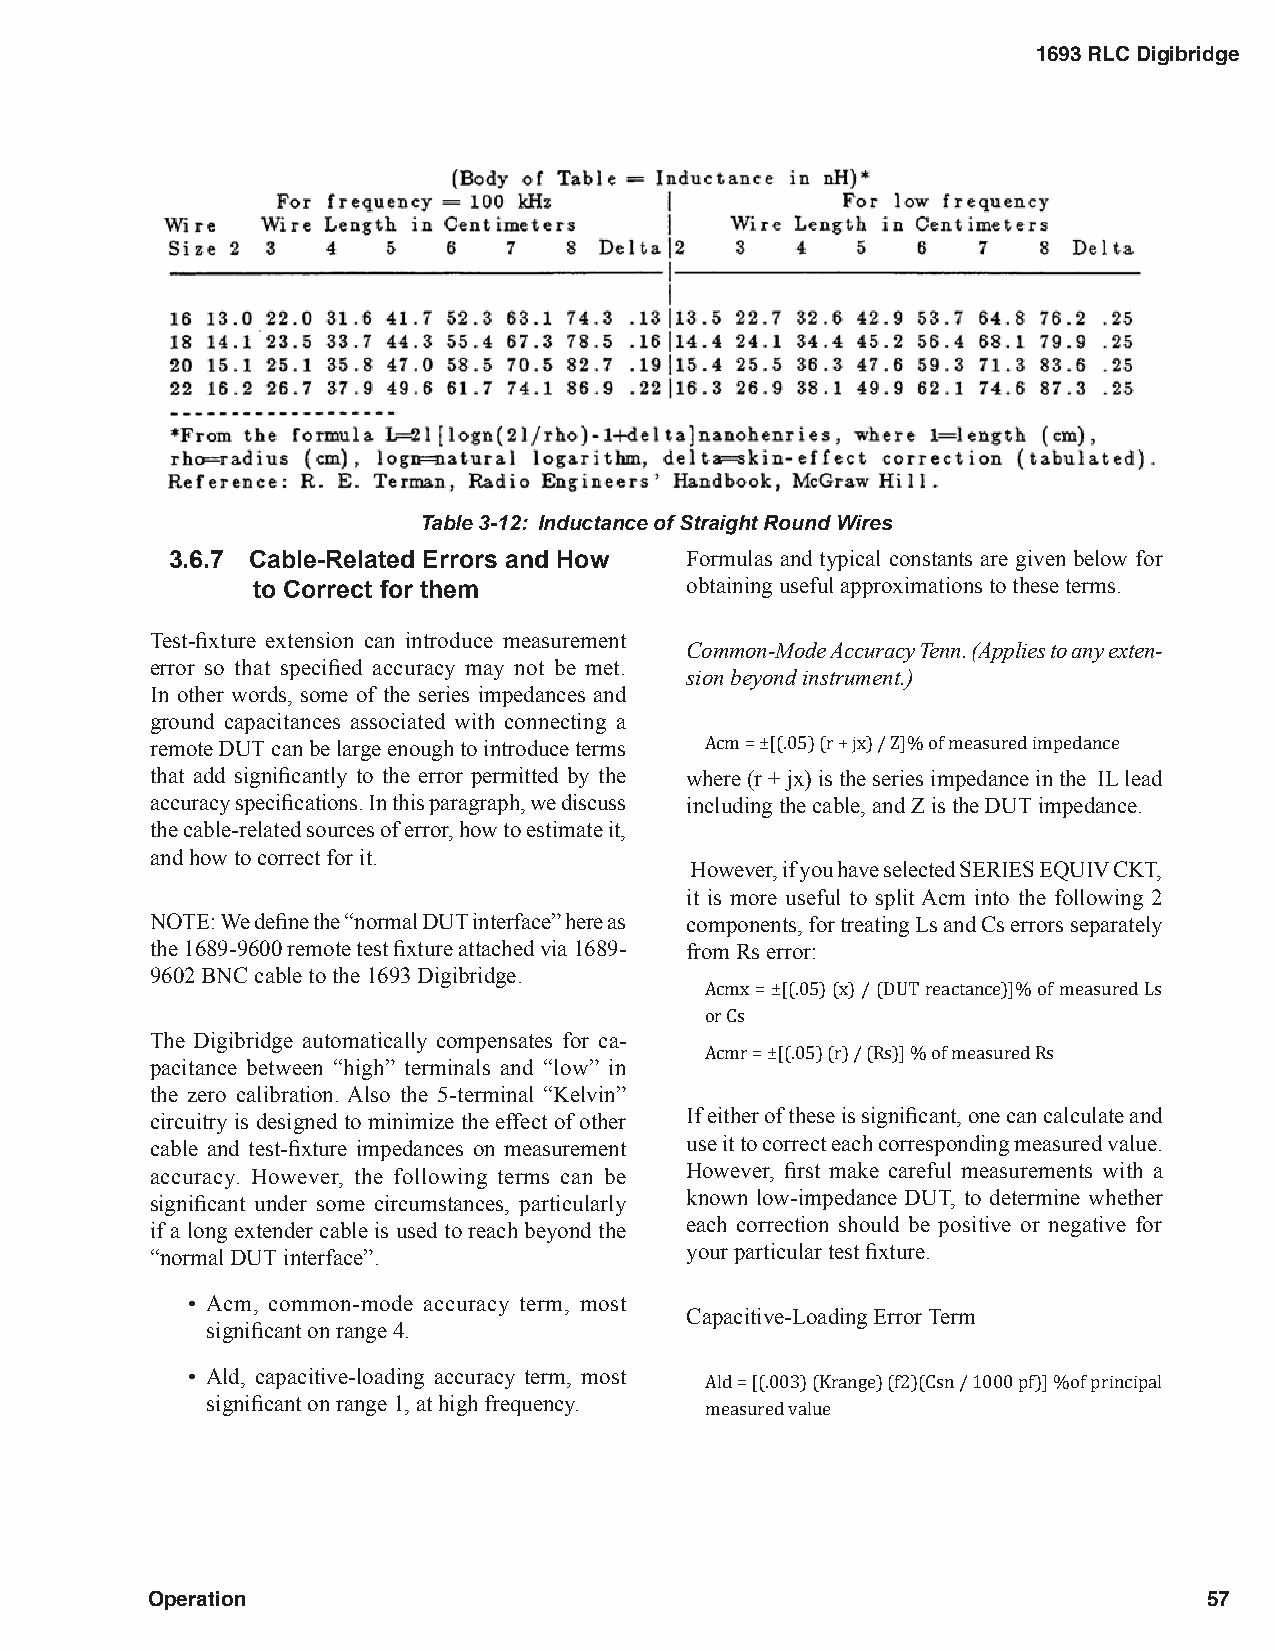
1693 RLC Digibridge
 Table 3-12: Inductance of Straight Round Wires
 3.6.7 Cable-Related Errors and How Formulas and typical constants are given below for
 to Correct for them         obtaining useful approximations to these terms.
 Test-fixture extension can introduce measurement
 Common-Mode Accuracy Tenn. (Applies to any exten-
 error so that specified accuracy may not be met.
 sion beyond instrument.)
 In other words, some of the series impedances and
 ground capacitances associated with connecting a
 remote DUT can be large enough to introduce terms
 that add significantly to the error permitted by the where (r + jx) is the series impedance in the IL lead
 Acm = ±[(.05) (r + jx) / Z]% of measured impedance
 accuracy specifications. In this paragraph, we discuss including the cable, and Z is the DUT impedance.
 the cable-related sources of error, how to estimate it,
 and how to correct for it.
 However, if you have selected SERIES EQUIV CKT,
 it is more useful to split Acm into the following 2
 NOTE: We define the “normal DUT interface” here as components, for treating Ls and Cs errors separately
 the 1689-9600 remote test fixture attached via 1689- from Rs error:
 9602 BNC cable to the 1693 Digibridge.
 Acmx = ±[(.05) (x) / (DUT reactance)]% of measured Ls
 The Digibridge automatically compensates for ca-
 or Cs
 pacitance between “high” terminals and “low” in
 the zero calibration. Also the 5-terminal “Kelvin” Acmr = ±[(.05) (r) / (Rs)] % of measured Rs
 circuitry is designed to minimize the effect of other If either of these is significant, one can calculate and
 cable and test-fixture impedances on measurement use it to correct each corresponding measured value.
 accuracy. However, the following terms can be However, first make careful measurements with a
 significant under some circumstances, particularly known low-impedance DUT, to determine whether
 if a long extender cable is used to reach beyond the each correction should be positive or negative for
 “normal DUT interface”.            your particular test fixture.
 • Acm, common-mode accuracy term, most
 Capacitive-Loading Error Term
 significant on range 4.
 • Ald, capacitive-loading accuracy term, most
 significant on range 1, at high frequency.
 Ald = [(.003) (Krange) (f2)(Csn / 1000 pf)] %of principal
 measured value
 Operation                                                             57